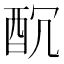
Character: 𨠁